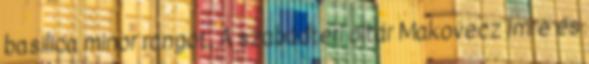
basilica minor rangot. A szabadtéri oltár Makovecz Imre és